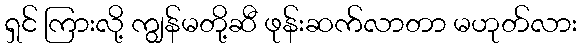
ရှင် ကြားလို့ ကျွန်မတို့ဆီ ဖုန်းဆက်လာတာ မဟုတ်လား